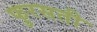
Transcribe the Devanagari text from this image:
फुरसती